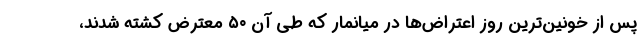
پس از خونین‌ترین روز اعتراض‌ها در میانمار که طی آن ۵۰ معترض کشته شدند،